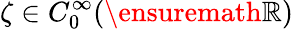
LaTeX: \zeta\in C_{0}^{\infty}(\ensuremath{\mathbb{R}})